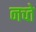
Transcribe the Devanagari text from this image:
नच्ते